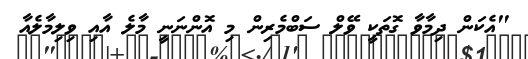
"އެކަން ދިމާވާ ގޮތަކީ ވޭލް ސަބްމެރިން މި އޮންނަނީ މާލެ އާއި ވިލިމާލެއާ